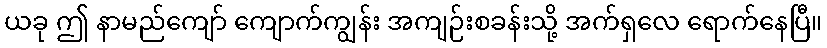
ယခု ဤ နာမည်ကျော် ကျောက်ကျွန်း အကျဉ်းစခန်းသို့ အက်ရှလေ ရောက်နေပြီ။